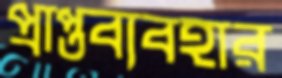
প্রাপ্তব্যবহার